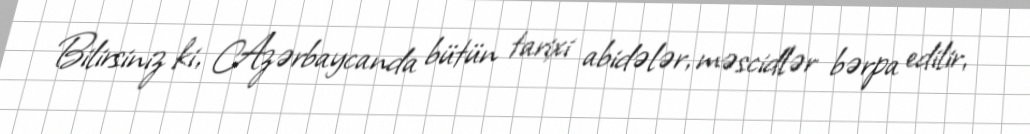
Bilirsiniz ki, Azərbaycanda bütün tarixi abidələr, məscidlər bərpa edilir,